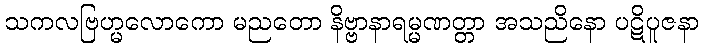
သကလဗြဟ္မလောကော မညတော နိဗ္ဗာနာရမ္မဏတ္တာ အသညိနော ပဋိပူဇနာ